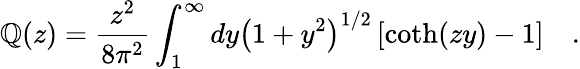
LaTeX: \mathbb{Q}(z)={\frac{{z^{2}}}{{8\pi^{2}}}}\int_{1}^{\infty}dy\left(1+y^{2}\right)^{1/2}\left[\coth(zy)-1\right]~~~~.